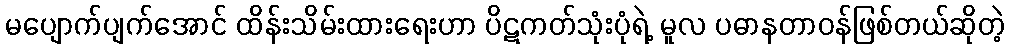
မပျောက်ပျက်အောင် ထိန်းသိမ်းထားရေးဟာ ပိဋကတ်သုံးပုံရဲ့ မူလ ပဓာနတာဝန်ဖြစ်တယ်ဆိုတဲ့